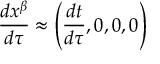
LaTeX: { \frac { d x ^ { \beta } } { d \tau } } \approx \left( { \frac { d t } { d \tau } } , 0 , 0 , 0 \right)